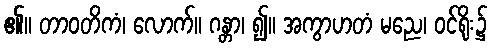
၏။ တာဝတိကံ၊ လောက်။ ဂန္တာ၊ ၍။ အကွာဟတံ မညေ၊ ဝင်ရိုး၌